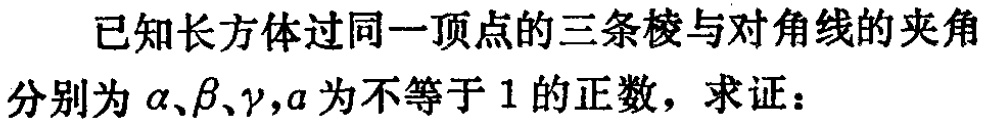
已知长方体过同一顶点的三条棱与对角线的夹角分别为\(\alpha、\beta、\gamma,a\)为不等于\(1\)的正数，求证：